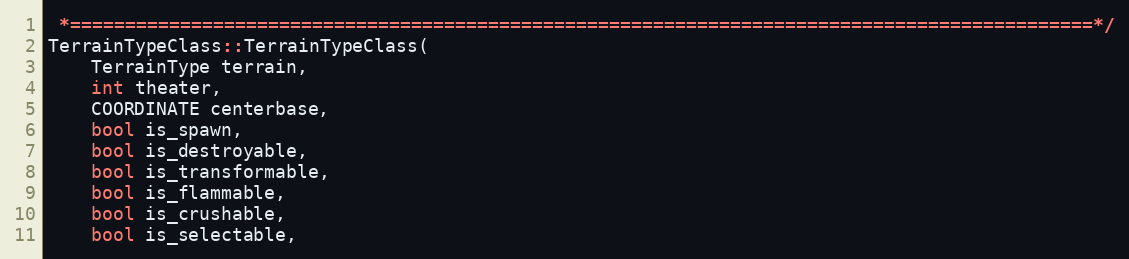
Language: C++
 *=============================================================================================*/
TerrainTypeClass::TerrainTypeClass(
	TerrainType terrain,
	int theater,
	COORDINATE centerbase,
	bool is_spawn,
	bool is_destroyable,
	bool is_transformable,
	bool is_flammable,
	bool is_crushable,
	bool is_selectable,